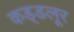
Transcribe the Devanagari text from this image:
कड्डलूर